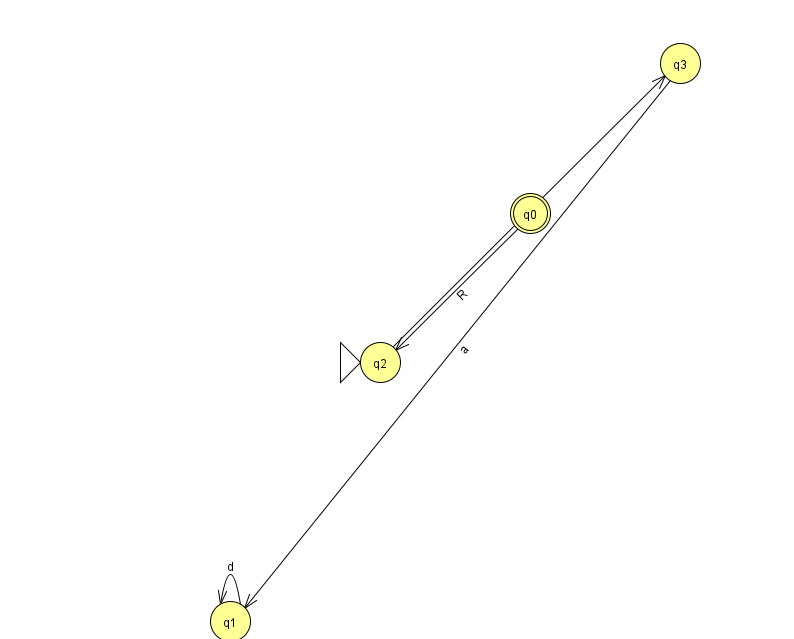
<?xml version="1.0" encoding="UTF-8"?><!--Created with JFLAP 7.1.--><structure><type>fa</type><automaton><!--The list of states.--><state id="0" name="q0"><x>530.0</x><y>200.0</y><final/></state><state id="1" name="q1"><x>230.0</x><y>608.0</y></state><state id="2" name="q2"><x>380.0</x><y>349.0</y><initial/></state><state id="3" name="q3"><x>680.0</x><y>50.0</y></state><!--The list of transitions.--><transition><from>0</from><to>2</to><read>R</read></transition><transition><from>1</from><to>1</to><read>d</read></transition><transition><from>3</from><to>1</to><read>a</read></transition><transition><from>2</from><to>3</to><read>b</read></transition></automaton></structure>